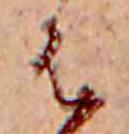
は